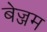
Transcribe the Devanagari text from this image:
बेज्जम